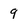
Character: 9